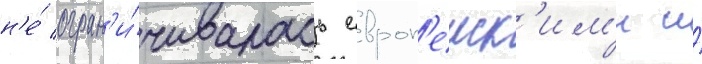
н'е́ огран'и́чивалась европ'еиск'им'и и́